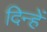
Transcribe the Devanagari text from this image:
दिन्हें